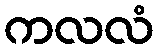
ကလလံ